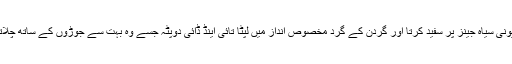
اونچی پونی سیاہ جینز پر سفید کرتا اور گردن کے گرد مخصوص انداز میں لپٹا تائی اینڈ ڈائی دوپٹہ جسے وہ بہت سے جوڑوں کے ساتھ چلاتی تھی۔